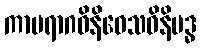
ကာမရာဂဝိနိဝေသဝိနိဗဒ္ဓ